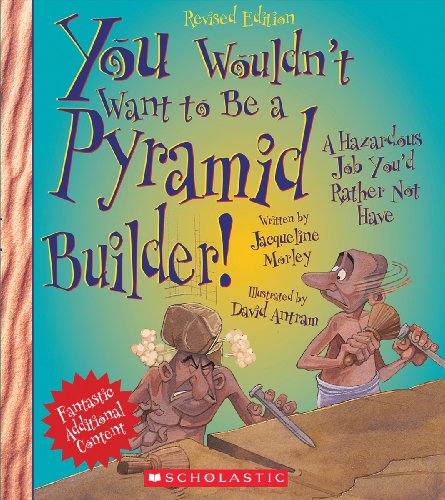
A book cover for You Wouldn't Want to Be a Pyramid Builder!: A Hazardous Job You'd Rather Not Have; Jacqueline Morley; Children's Books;